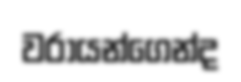
වරායන්ගෙන්ද